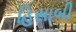
હિસાબી